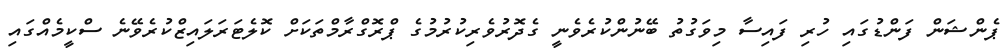
ޕެންޝަން ފަންޑުގައި ހުރި ފައިސާ މިވަގުތު ބޭނުންކުރެވެނީ ގެދޮރުވެރިކުރުމުގެ ޕްރޮގްރާމްތަކަށް ކޮލެޓަރަލައިޒްކުރެވޭނެ ސްކީމެއްގައި